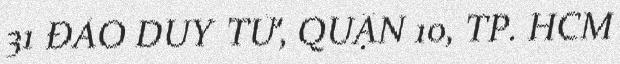
31 ĐÀO DUY TỪ, QUẬN 10, TP. HCM